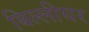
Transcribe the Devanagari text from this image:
बिल्लीघर